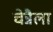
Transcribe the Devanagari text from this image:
चेन्नैला